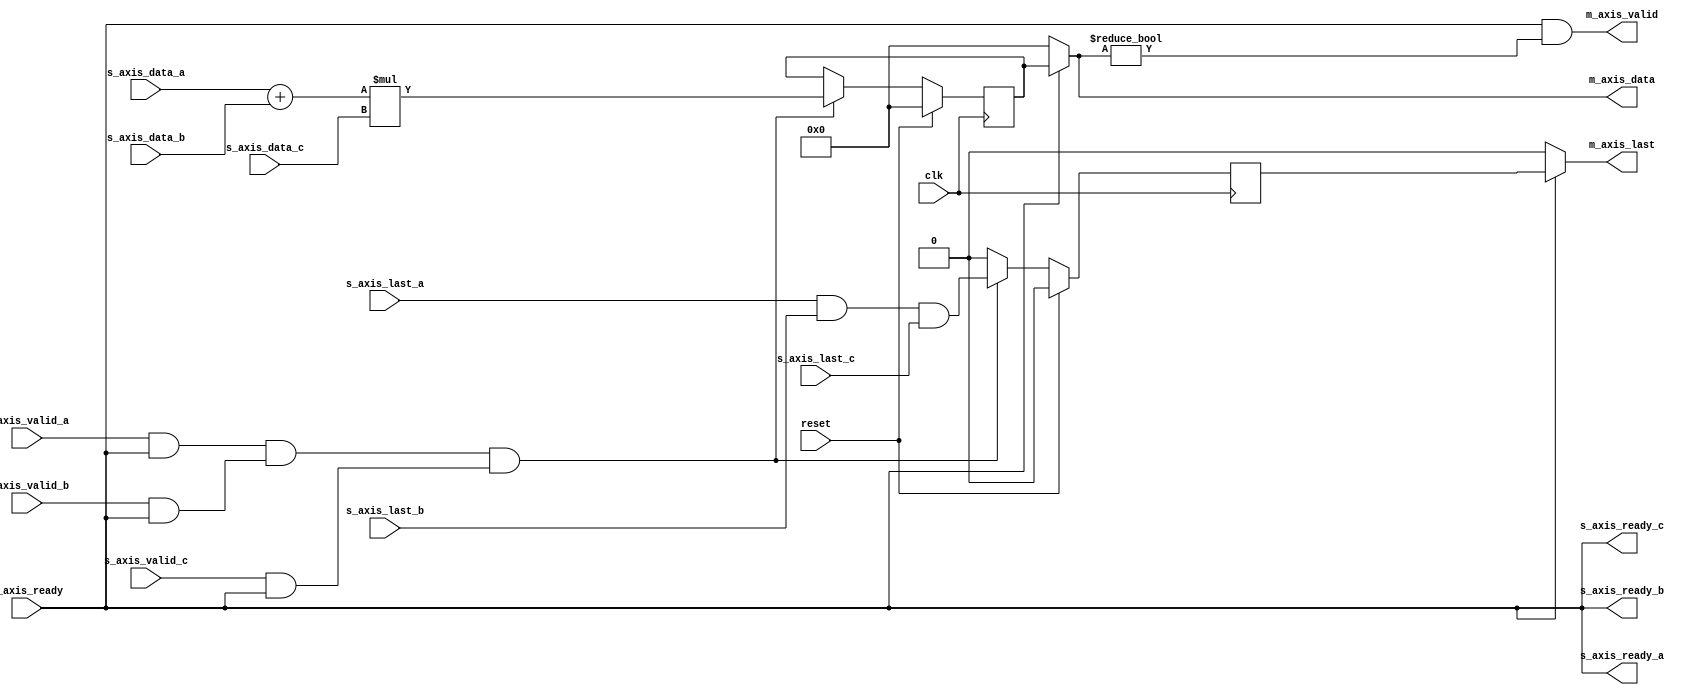
module dsp_axis#(parameter DATA_WIDTH=16)(
  input clk,
  input reset,
  input [DATA_WIDTH-1:0] s_axis_data_a,
  input s_axis_valid_a,
  input s_axis_last_a,
  input [DATA_WIDTH-1:0] s_axis_data_b,
  input s_axis_valid_b,
  input s_axis_last_b,
  input [DATA_WIDTH-1:0] s_axis_data_c,
  input s_axis_valid_c,
  input s_axis_last_c,
  input m_axis_ready,
  output [DATA_WIDTH+DATA_WIDTH:0] m_axis_data,
  output m_axis_valid,
  output m_axis_last,
  output s_axis_ready_a,
  output s_axis_ready_b,
  output s_axis_ready_c
);
  
  reg [DATA_WIDTH+DATA_WIDTH:0] m_axis_data_reg;
  reg m_axis_last_reg;
  
  always@(posedge clk)
    begin
      if(reset)
        begin
          m_axis_data_reg<=0;
          m_axis_last_reg<=0;
        end
      else
        begin
          if((s_axis_valid_a && s_axis_ready_a)&&(s_axis_valid_b && 
            s_axis_ready_b)&&(s_axis_valid_c&& s_axis_ready_c))
            begin
              m_axis_data_reg<=(s_axis_data_a+s_axis_data_b)*s_axis_data_c;
              m_axis_last_reg<=s_axis_last_a&&s_axis_last_b&&s_axis_last_c;
            end
          else
            begin
              m_axis_data_reg<=m_axis_data_reg;
              m_axis_last_reg<=1'b0;
            end
        end
    end
      
    assign s_axis_ready_a=m_axis_ready;
    assign s_axis_ready_b=m_axis_ready;
    assign s_axis_ready_c=m_axis_ready;
    assign m_axis_data=m_axis_ready?m_axis_data_reg:0;
    assign m_axis_last=m_axis_ready?m_axis_last_reg:0;
    assign m_axis_valid=m_axis_ready&&m_axis_data!=0;
  
endmodule